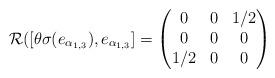
LaTeX: \begin{align*}\mathcal{R}([\theta\sigma(e_{\alpha_{1,3}}),e_{\alpha_{1,3}}]=\begin{pmatrix}0&0&1/2\\0&0&0\\1/2&0&0\end{pmatrix}\end{align*}